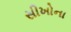
સીખોના